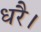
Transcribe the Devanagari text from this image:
धरै।